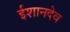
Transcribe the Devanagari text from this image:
ईशानदेव